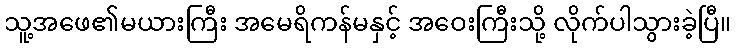
သူ့အဖေ၏မယားကြီး အမေရိကန်မနှင့် အဝေးကြီးသို့ လိုက်ပါသွားခဲ့ပြီ။